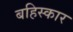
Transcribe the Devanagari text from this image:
बहिस्कार